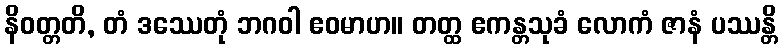
နိဝတ္တတိ, တံ ဒဿေတုံ ဘဂဝါ ဧဝမာဟ။ တတ္ထ ဧကန္တသုခံ လောကံ ဇာနံ ပဿန္တိ